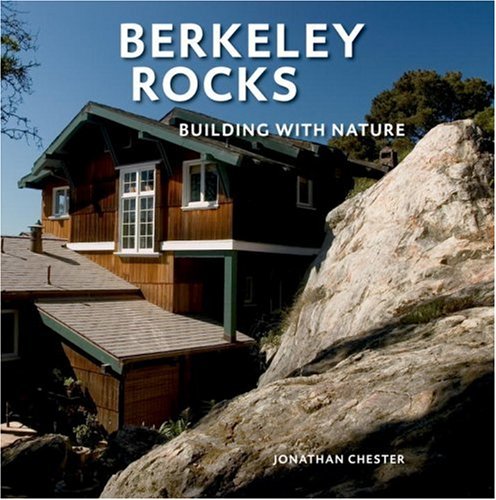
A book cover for Berkeley Rocks: Building with Nature; Jonathan Chester; Crafts, Hobbies & Home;